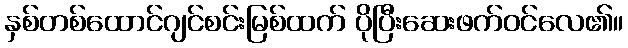
နှစ်တစ်ထောင်ဂျင်စင်းမြစ်ထက် ပိုပြီးဆေးဖက်ဝင်လေ၏။